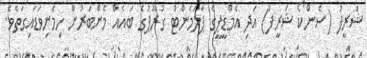
ޝަރީފު (ސެންކޯ ޝަރީފު) އަދި އެމްޑީޕީގެ ޕާލަމެންޓު ގުރޫޕުގެ ބައެއް މެންބަރުން ހިމެނިވަޑައިގަތެވެ.